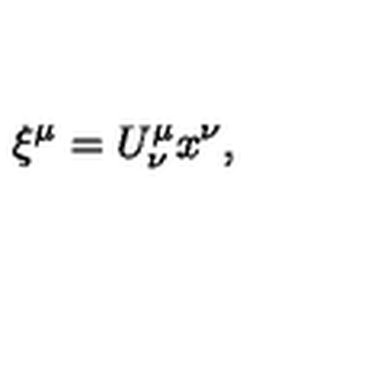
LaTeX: \xi ^ { \mu } = U _ { \nu } ^ { \mu } x ^ { \nu } ,